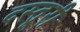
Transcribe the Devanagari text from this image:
दस्तूरी